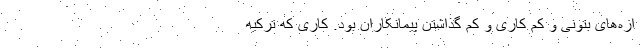
ازه‌های بتونی و کم کاری و کم گذاشتن پیمانکاران بود. کاری که ترکیه